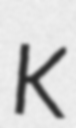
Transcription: K